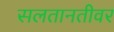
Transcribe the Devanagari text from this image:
सलतानतीवर